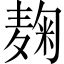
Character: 麹